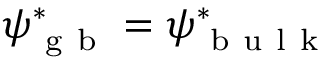
\psi _ { \mathrm { ~ g ~ b ~ } } ^ { * } = \psi _ { \mathrm { ~ b ~ u ~ l ~ k ~ } } ^ { * }